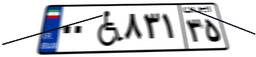
۰۰W۸۳۱۳۵